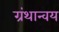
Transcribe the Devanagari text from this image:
ग्रंथान्वय